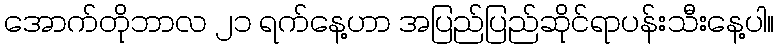
အောက်တိုဘာလ ၂၁ ရက်နေ့ဟာ အပြည်ပြည်ဆိုင်ရာပန်းသီးနေ့ပါ။